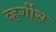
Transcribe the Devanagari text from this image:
व्हर्गीस